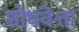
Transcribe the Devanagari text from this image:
शोधवेत्ता